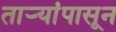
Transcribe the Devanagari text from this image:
तार्‍यांपासून